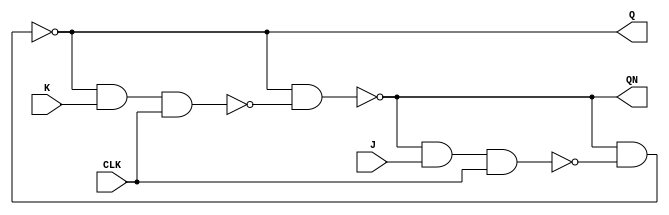
`timescale 1ns / 1ps

module JKFF_G(
    input J,K,CLK,
    output Q,QN
    );
    
    wire t1,t2;
    
    nand n1 (t1,QN,J,CLK);
    nand n2 (t2,Q,K,CLK);
    nand n3 (Q,QN,t1);
    nand n4 (QN,Q,t2);
    
endmodule